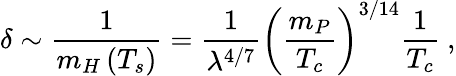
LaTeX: \delta\sim{\frac{1}{m_{H}\left(T_{s}\right)}}=\frac 1{\lambda^{4/7}}\left({\frac{m_{P}}{T_{c}}}\right)^{3/14}{\frac{1}{T_{c}}}~,